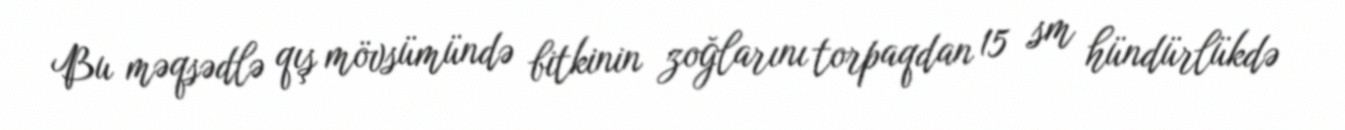
Bu məqsədlə qış mövsümündə bitkinin zoğlarını torpaqdan 15 sm hündürlükdə